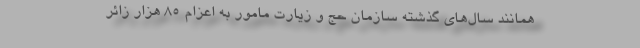
همانند سال‌های گذشته سازمان حج و زیارت مامور به اعزام ۸۵ هزار زائر